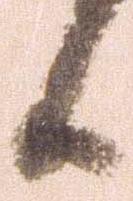
日